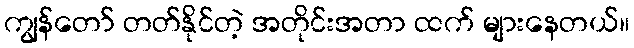
ကျွန်တော် တတ်နိုင်တဲ့ အတိုင်းအတာ ထက် များနေတယ်။